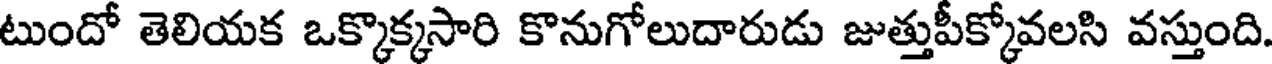
టుందో తెలియక ఒక్కొక్కసారి కొనుగోలుదారుడు జుత్తుపీక్కోవలసి వస్తుంది